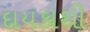
દાયકાથી